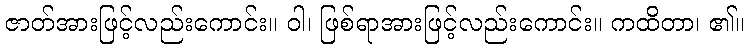
ဇာတ်အားဖြင့်လည်းကောင်း။ ဝါ၊ ဖြစ်ရာအားဖြင့်လည်းကောင်း။ ကထိတာ၊ ၏။